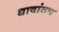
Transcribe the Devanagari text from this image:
धावांतच